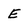
Character: E